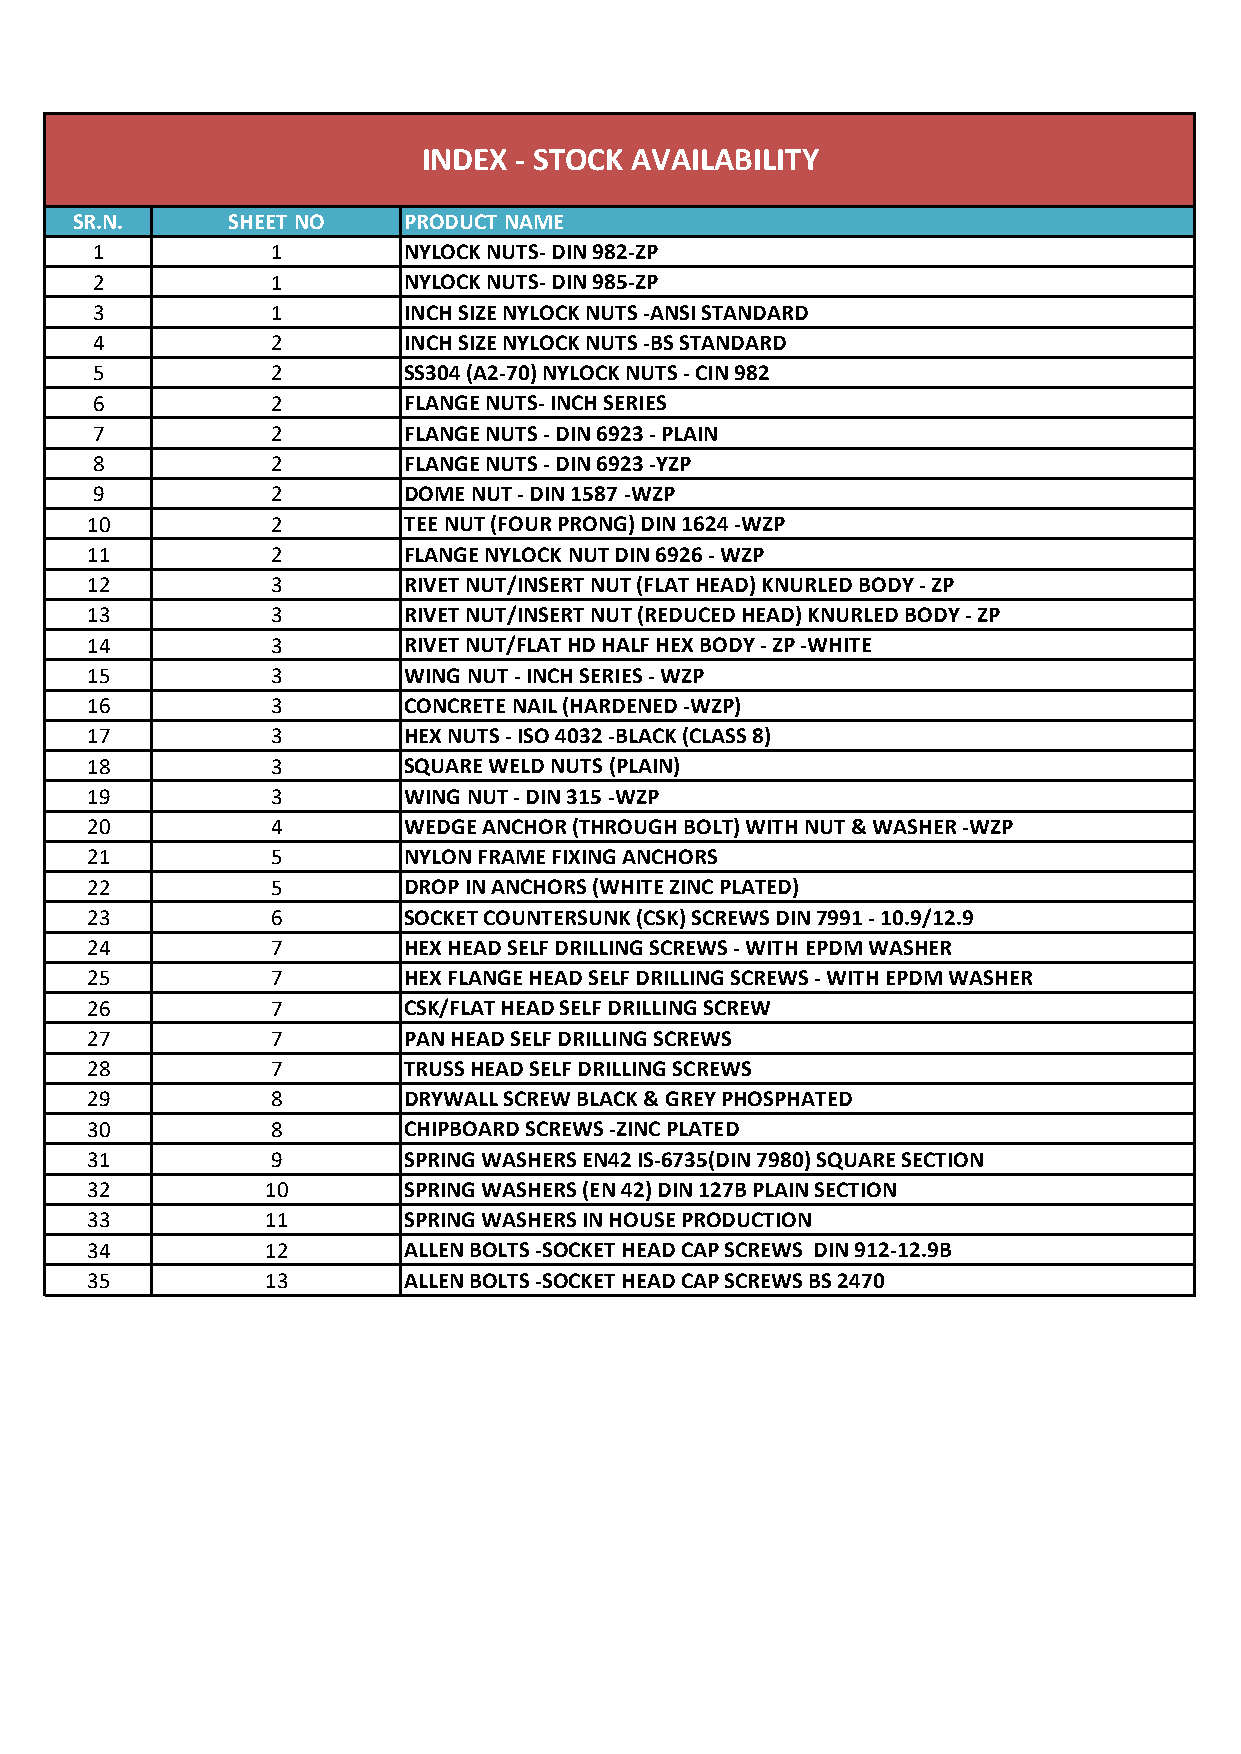
INDEX - STOCK AVAILABILITY
 SR.N.     SHEET NO    PRODUCT NAME
 1           1        NYLOCK NUTS- DIN 982-ZP
 2           1        NYLOCK NUTS- DIN 985-ZP
 3           1        INCH SIZE NYLOCK NUTS -ANSI STANDARD
 4           2        INCH SIZE NYLOCK NUTS -BS STANDARD
 5           2        SS304 (A2-70) NYLOCK NUTS - CIN 982
 6           2        FLANGE NUTS- INCH SERIES
 7           2        FLANGE NUTS - DIN 6923 - PLAIN
 8           2        FLANGE NUTS - DIN 6923 -YZP
 9           2        DOME NUT - DIN 1587 -WZP
 10          2        TEE NUT (FOUR PRONG) DIN 1624 -WZP
 11          2        FLANGE NYLOCK NUT DIN 6926 - WZP
 12          3        RIVET NUT/INSERT NUT (FLAT HEAD) KNURLED BODY - ZP
 13          3        RIVET NUT/INSERT NUT (REDUCED HEAD) KNURLED BODY - ZP
 14          3        RIVET NUT/FLAT HD HALF HEX BODY - ZP -WHITE
 15          3        WING NUT - INCH SERIES - WZP
 16          3        CONCRETE NAIL (HARDENED -WZP)
 17          3        HEX NUTS - ISO 4032 -BLACK (CLASS 8)
 18          3        SQUARE WELD NUTS (PLAIN)
 19          3        WING NUT - DIN 315 -WZP
 20          4        WEDGE ANCHOR (THROUGH BOLT) WITH NUT & WASHER -WZP
 21          5        NYLON FRAME FIXING ANCHORS
 22          5        DROP IN ANCHORS (WHITE ZINC PLATED)
 23          6        SOCKET COUNTERSUNK (CSK) SCREWS DIN 7991 - 10.9/12.9
 24          7        HEX HEAD SELF DRILLING SCREWS - WITH EPDM WASHER
 25          7        HEX FLANGE HEAD SELF DRILLING SCREWS - WITH EPDM WASHER
 26          7        CSK/FLAT HEAD SELF DRILLING SCREW
 27          7        PAN HEAD SELF DRILLING SCREWS
 28          7        TRUSS HEAD SELF DRILLING SCREWS
 29          8        DRYWALL SCREW BLACK & GREY PHOSPHATED
 30          8        CHIPBOARD SCREWS -ZINC PLATED
 31          9        SPRING WASHERS EN42 IS-6735(DIN 7980) SQUARE SECTION
 32          10       SPRING WASHERS (EN 42) DIN 127B PLAIN SECTION
 33          11       SPRING WASHERS IN HOUSE PRODUCTION
 34          12       ALLEN BOLTS -SOCKET HEAD CAP SCREWS DIN 912-12.9B
 35          13       ALLEN BOLTS -SOCKET HEAD CAP SCREWS BS 2470